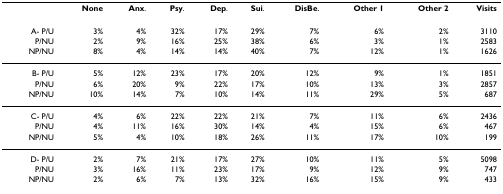
|  | None | Anx. | Psy. | Dep. | Sui. | DisBe. | Other 1 | Other 2 | Visits |
 | --- | --- | --- | --- | --- | --- | --- | --- | --- | --- |
 | A- P/U | 3% | 4% | 32% | 17% | 29% | 7% | 6% | 2% | 3110 |
 | P/NU | 2% | 9% | 16% | 25% | 38% | 6% | 3% | 1% | 2583 |
 | NP/NU | 8% | 4% | 14% | 14% | 40% | 7% | 12% | 1% | 1626 |
 | B- P/U | 5% | 12% | 23% | 17% | 20% | 12% | 9% | 1% | 1851 |
 | P/NU | 6% | 20% | 9% | 22% | 17% | 10% | 13% | 3% | 2857 |
 | NP/NU | 10% | 14% | 7% | 10% | 14% | 11% | 29% | 5% | 687 |
 | C- P/U | 4% | 6% | 22% | 22% | 21% | 7% | 11% | 6% | 2436 |
 | P/NU | 4% | 11% | 16% | 30% | 14% | 4% | 15% | 6% | 467 |
 | NP/NU | 5% | 4% | 10% | 18% | 26% | 11% | 17% | 10% | 199 |
 | D- P/U | 2% | 7% | 21% | 17% | 27% | 10% | 11% | 5% | 5098 |
 | P/NU | 3% | 16% | 11% | 23% | 17% | 9% | 12% | 9% | 747 |
 | NP/NU | 2% | 6% | 7% | 13% | 32% | 16% | 15% | 9% | 433 |